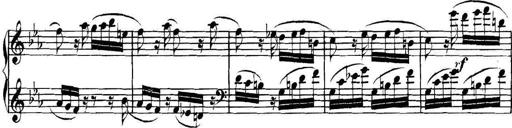
Title: Collected Piano Sonatas
Composer: Muzio Clementi